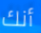
أنك